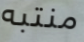
منتبه